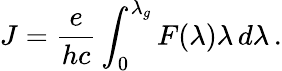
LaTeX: J=\frac{e}{hc}\int_{0}^{\lambda_{g}}F(\lambda)\lambda\, d\lambda\, .